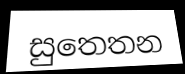
සුතෙතන